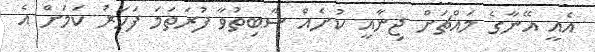
އެއީ އޭނާގެ މައްޗަށް ޖިނާއީ ކުށެއް ސާބިތުވާ ފުރަތަމަ ފަހަރު ކަމަށް އެ